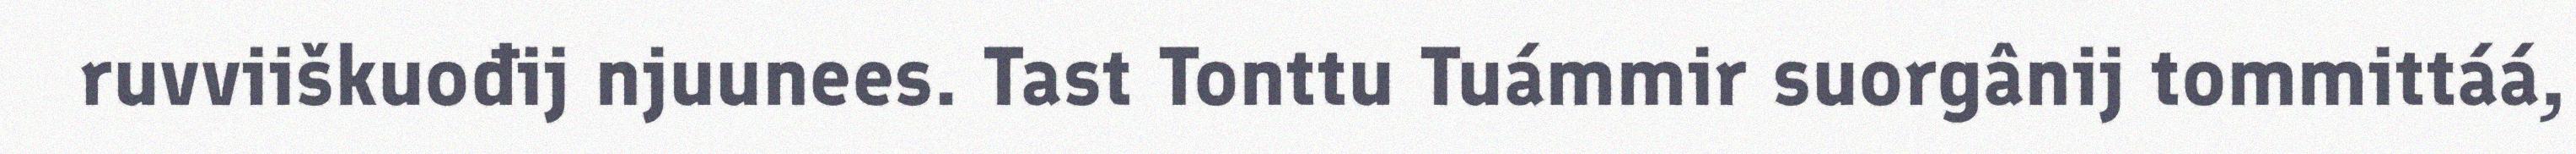
ruvviiškuođij njuunees. Tast Tonttu Tuámmir suorgânij tommittáá,